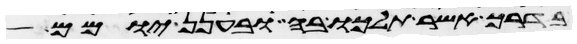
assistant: בדרך אשר תלכו בה ובענן יומם